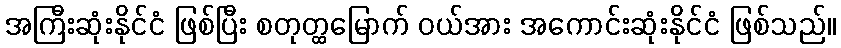
အကြီးဆုံးနိုင်ငံ ဖြစ်ပြီး စတုတ္ထမြောက် ဝယ်အား အကောင်းဆုံးနိုင်ငံ ဖြစ်သည်။